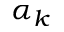
\alpha _ { k }